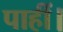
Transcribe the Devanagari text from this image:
पाहीं।